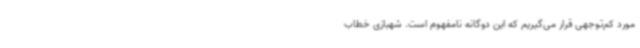
مورد کم‌توجهی قرار می‌گیریم که این دوگانه نامفهوم است. شهبازی خطاب